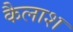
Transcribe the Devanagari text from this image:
कैलाश